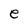
Character: e